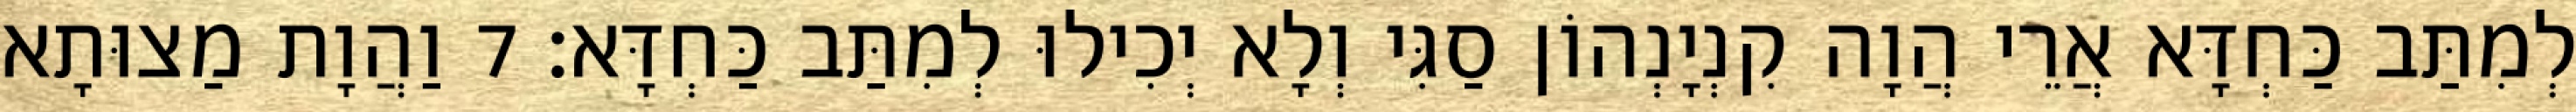
לְמִתַּב כַּחְדָּא אֲרֵי הֲוָה קִנְיָנְהוֹן סַגִּי וְלָא יְכִילוּ לְמִתַּב כַּחְדָּא׃ 7 וַהֲוָת מַצוּתָא